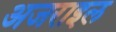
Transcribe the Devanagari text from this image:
अजराइल